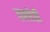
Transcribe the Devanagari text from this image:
हल्लेवी